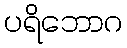
ပရိဘောဂ